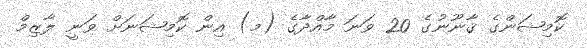
ކޮމިޝަންގެ ޤާނޫނުގެ 20 ވަނަ މާއްދާގެ (މ) އިން ކޮމިޝަނަށް ވަނީ ލާޒިމް